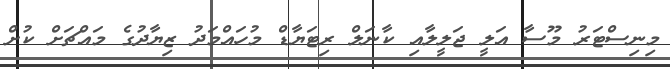
މިނިސްޓަރު މޫސާ އަލީ ޖަލީލާއި ކާނަލް ރިޓަޔާޑް މުހައްމަދު ޒިޔާދުގެ މައްޗަށް ކުށް